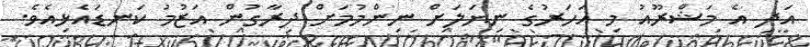
އަދި އެ މަޝްރޫއު މި އަހަރުގެ ނިޔަލަށް ނިންމުމަށް ދިރާގުން އަޒުމު ކަނޑައެޅިއެވެ.